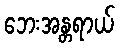
ဘေးအန္တရာယ်